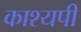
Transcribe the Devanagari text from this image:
काश्यपी